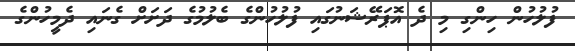
ފުލުހުން ހިންގި މި ދެ އޮޕަރޭޝަނުގައި ފުލުހުންގެ ބެލުމުގެ ދަށަށް ގެނައި ދެމީހުންގެ